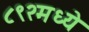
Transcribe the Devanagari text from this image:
८९२मध्ये